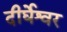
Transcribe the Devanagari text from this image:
दीर्घेश्वर